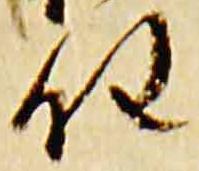
任